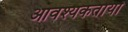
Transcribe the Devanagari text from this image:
आवश्यकतायों